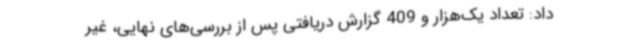
داد: تعداد یک‌هزار و 409 گزارش دریافتی پس از بررسی‌های نهایی، غیر